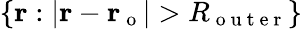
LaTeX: \{ \mathbf{r}:|\mathbf{r}-\mathbf{r_{\mathrm{~o~}}}|>R_{\mathrm{~o~u~t~e~r~}}\}